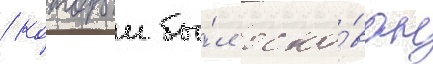
/ которыи бы́л осно́ван